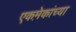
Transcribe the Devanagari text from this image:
एकमे़कांच्या